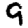
Digit: 9